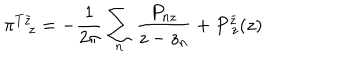
\pi _ { z } ^ { T \bar { z } } = - \frac { 1 } { 2 \pi } \sum _ { n } \frac { P _ { n z } } { z - z _ { n } } + P _ { ~ z } ^ { \bar { z } } ( z )